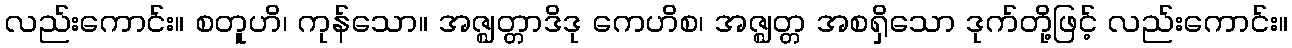
လည်းကောင်း။ စတူဟိ၊ ကုန်သော။ အဇ္ဈတ္တာဒိဒု ကေဟိစ၊ အဇ္ဈတ္တ အစရှိသော ဒုက်တို့ဖြင့် လည်းကောင်း။